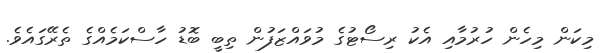
މިކަން މިހެން ހުރުމާއި އެކު ރިސޯޓުގެ މުވައްޒަފުން ތިބީ ބޮޑު ހާސްކަމެއްގެ ތެރޭގައެވެ.